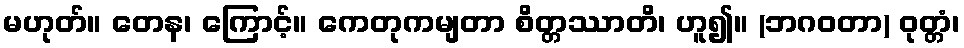
မဟုတ်။ တေန၊ ကြောင့်။ ကေတုကမျတာ စိတ္တဿာတိ၊ ဟူ၍။ (ဘဂဝတာ) ဝုတ္တံ၊